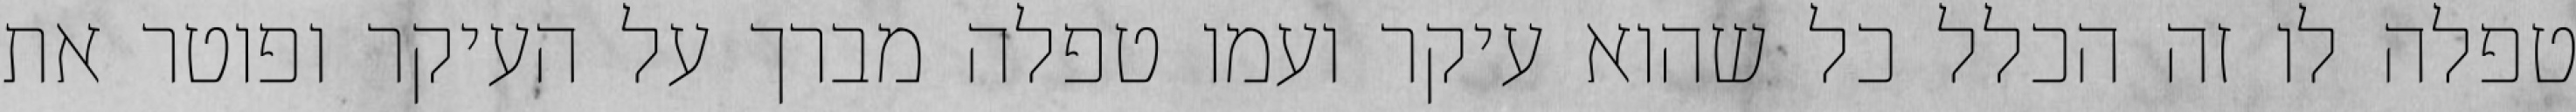
טפלה לו זה הכלל כל שהוא עיקר ועמו טפלה מברך על העיקר ופוטר את